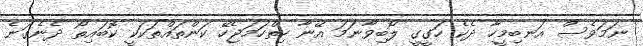
ނަމަވެސް އަނބިމީހާ ދެކެ ހަގީގީ ލޯބިވާނަމަ އޭނާ ހިތްހަމަޖެހޭ ކަންތައްތަކަކީ ކޮބައިތޯ ދެނެގަނެ